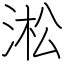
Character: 淞